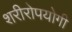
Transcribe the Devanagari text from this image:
शरीरोपयोगी